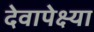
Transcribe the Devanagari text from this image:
देवापेक्ष्या